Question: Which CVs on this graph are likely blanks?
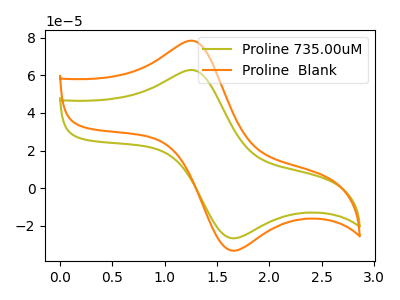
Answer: <think>The olive curve "Proline 735.00uM" has an anodic peak at (1.30V, 62.75uA) and a cathodic peak at (1.65V, -26.60uA). The orange curve "Proline  Blank" has an anodic peak at (1.30V, 78.30uA) and a cathodic peak at (1.65V, -33.20uA).</think>
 <answer>There are not any CV's on this graph that are likely to be blanks.</answer>
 <eval>none</eval>